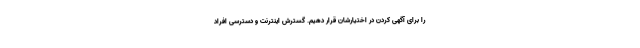
را برای آگهی کردن در اختیارشان قرار دهیم. گسترش اینترنت و دسترسی افراد